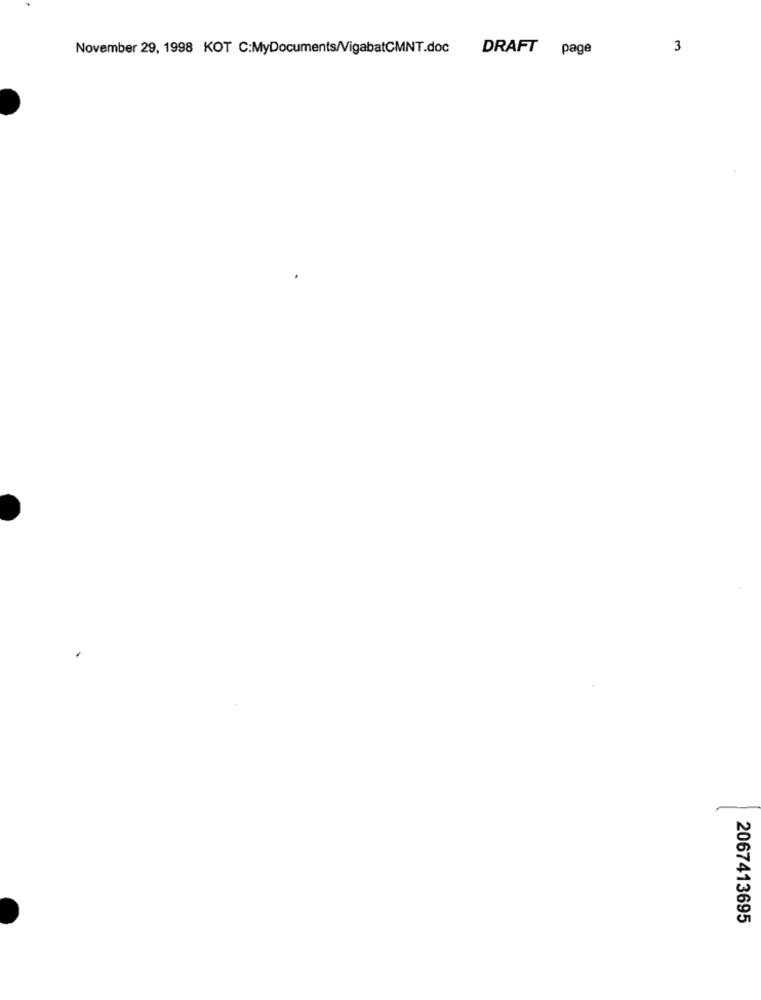
November 29, 1998 KOT C:MyDocuments/VigabatCMNT.doc
DRAFT page
3
2067413695